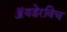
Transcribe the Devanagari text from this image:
ॲयडेरविच